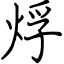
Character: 烰